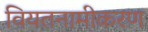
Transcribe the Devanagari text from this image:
वियतनामीकरण